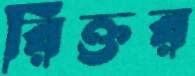
রিক্তর